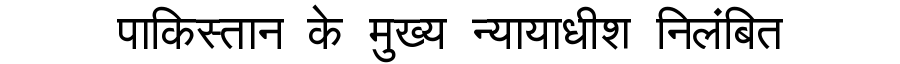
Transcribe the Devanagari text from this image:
पाकिस्तान के मुख्य न्यायाधीश निलंबित